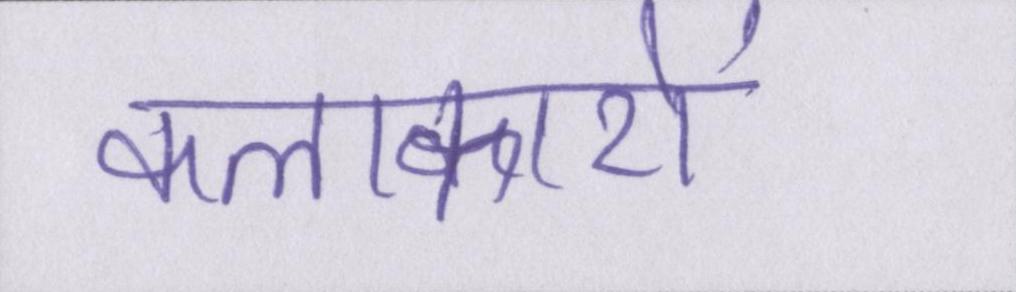
कलाकारों